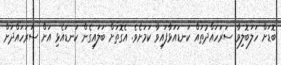
ބޮޑަށް ހަލަބޮލިވާ ސަރަހައްދުތައް ކަނޑައަޅާފައިވާ ކަމަށެވެ. އެގޮތަށް ބަލައިގެން ކަނޑައެޅި އަށް ސަރަހައްދަށް